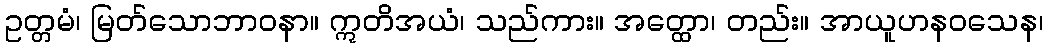
ဥတ္တမံ၊ မြတ်သောဘာဝနာ။ ဣတိအယံ၊ သည်ကား။ အတ္ထော၊ တည်း။ အာယူဟနဝသေန၊